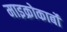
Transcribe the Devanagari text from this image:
माइक्रोकार्बो